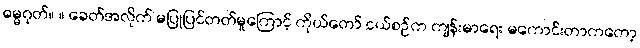
ဓမ္မဂုတ်။ ။ ခေတ်အလိုက် မပြုပြင်တတ်မှုကြောင့် ကိုယ်တော် ငယ်စဉ်က ကျန်းမာရေး မကောင်းတာကတော့